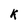
Character: k